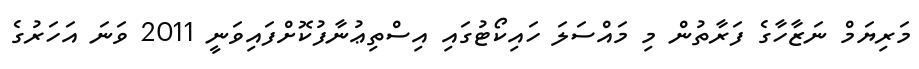
މަރިޔަމް ނަޒާހާގެ ފަރާތުން މި މައްސަލަ ހައިކޯޓުގައި އިސްތިޢުނާފުކޮށްފައިވަނީ 2011 ވަނަ އަހަރުގެ